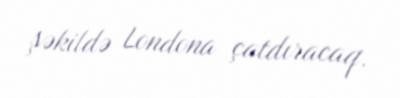
şəkildə Londona çatdıracaq.